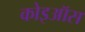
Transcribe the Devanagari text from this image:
कोइऑस